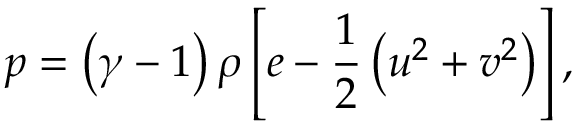
p = \left( \gamma - 1 \right) \rho \left[ e - \frac { 1 } { 2 } \left( u ^ { 2 } + v ^ { 2 } \right) \right] ,